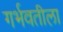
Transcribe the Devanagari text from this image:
गर्भवतीला